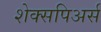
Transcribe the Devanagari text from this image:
शेक्सपिअर्स